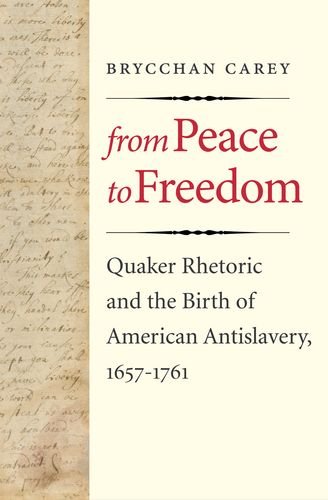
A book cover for From Peace to Freedom: Quaker Rhetoric and the Birth of American Antislavery, 1657-1761; Brycchan Carey; Christian Books & Bibles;